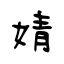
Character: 婧